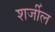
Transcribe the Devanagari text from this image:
शर्जील